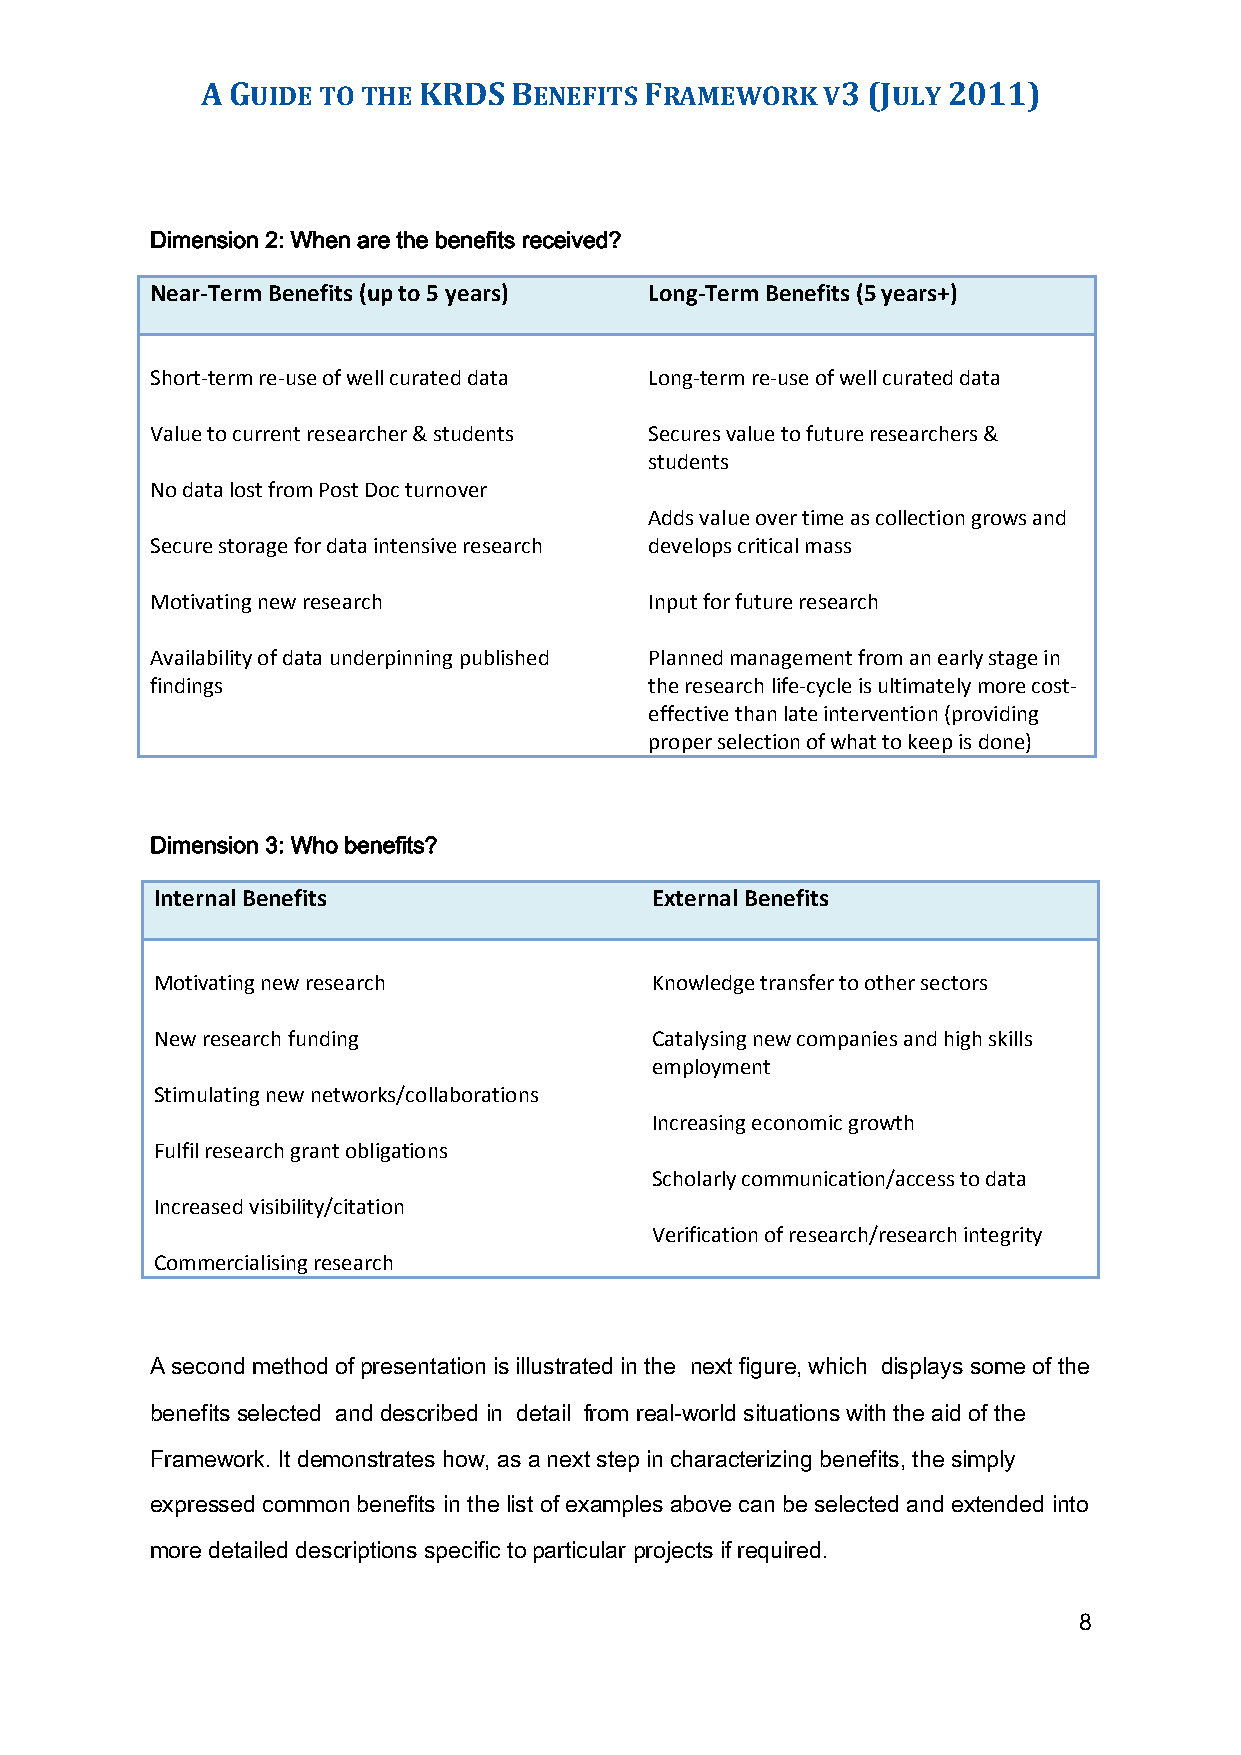
A GUIDE TO THE KRDS  BENEFITS FRAMEWORK  V3 (JULY 2011)
 Dimension 2: When are the benefits received?
 Near-Term Benefits (up to 5 years) Long-Term Benefits (5 years+)
 Short-term re-use of well curated data Long-term re-use of well curated data
 Value to current researcher & students Secures value to future researchers &
 students
 No data lost from Post Doc turnover
 Adds value over time as collection grows and
 Secure storage for data intensive research develops critical mass
 Motivating new research          Input for future research
 Availability of data underpinning published Planned management from an early stage in
 findings                         the research life-cycle is ultimately more cost-
 effective than late intervention (providing
 proper selection of what to keep is done)
 Dimension 3: Who benefits?
 Internal Benefits                External Benefits
 Motivating new research          Knowledge transfer to other sectors
 New research funding             Catalysing new companies and high skills
 employment
 Stimulating new networks/collaborations
 Increasing economic growth
 Fulfil research grant obligations
 Scholarly communication/access to data
 Increased visibility/citation
 Verification of research/research integrity
 Commercialising research
 A second method of presentation is illustrated in the next figure, which displays some of the
 benefits selected and described in detail from real-world situations with the aid of the
 Framework. It demonstrates how, as a next step in characterizing benefits, the simply
 expressed common benefits in the list of examples above can be selected and extended into
 more detailed descriptions specific to particular projects if required.
 8